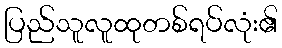
ပြည်သူလူထုတစ်ရပ်လုံး၏